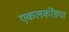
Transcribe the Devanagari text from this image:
एकलकोंड्या